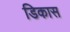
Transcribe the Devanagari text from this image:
डिकास